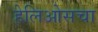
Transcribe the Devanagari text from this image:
हेलिओसचा